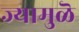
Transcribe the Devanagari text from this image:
ज्यामुळॆ